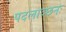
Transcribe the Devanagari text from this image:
पदलाञ्छनः